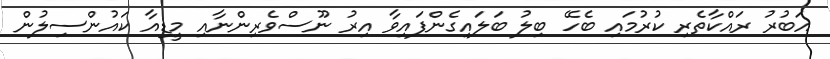
އަބުރު ރައްކާތެރި ކުރުމައި ބެހޭ ބިލު ބަލައިގެންފައިވާ އިރު ނޫސްވެރިންނާއި މީޑިއާ ކައުންސިލުން